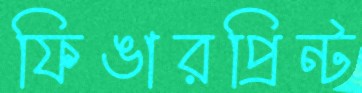
ফিঙারপ্রিন্ট